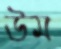
উম